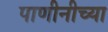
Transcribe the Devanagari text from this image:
पाणीनीच्या